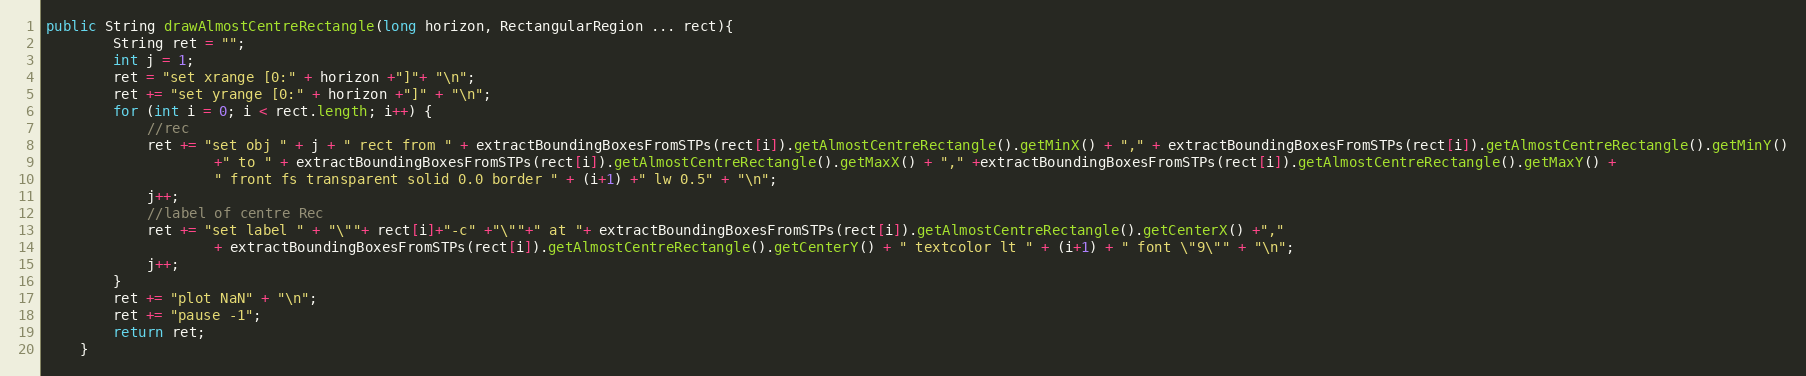
Language: Java
public String drawAlmostCentreRectangle(long horizon, RectangularRegion ... rect){
		String ret = "";
		int j = 1;
		ret = "set xrange [0:" + horizon +"]"+ "\n";
		ret += "set yrange [0:" + horizon +"]" + "\n";
		for (int i = 0; i < rect.length; i++) {
			//rec
			ret += "set obj " + j + " rect from " + extractBoundingBoxesFromSTPs(rect[i]).getAlmostCentreRectangle().getMinX() + "," + extractBoundingBoxesFromSTPs(rect[i]).getAlmostCentreRectangle().getMinY()
					+" to " + extractBoundingBoxesFromSTPs(rect[i]).getAlmostCentreRectangle().getMaxX() + "," +extractBoundingBoxesFromSTPs(rect[i]).getAlmostCentreRectangle().getMaxY() +
					" front fs transparent solid 0.0 border " + (i+1) +" lw 0.5" + "\n";
			j++;
			//label of centre Rec
			ret += "set label " + "\""+ rect[i]+"-c" +"\""+" at "+ extractBoundingBoxesFromSTPs(rect[i]).getAlmostCentreRectangle().getCenterX() +","
					+ extractBoundingBoxesFromSTPs(rect[i]).getAlmostCentreRectangle().getCenterY() + " textcolor lt " + (i+1) + " font \"9\"" + "\n";
			j++;
		}
		ret += "plot NaN" + "\n";
		ret += "pause -1";
		return ret;
	}